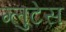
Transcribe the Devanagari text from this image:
ग्लुटेस